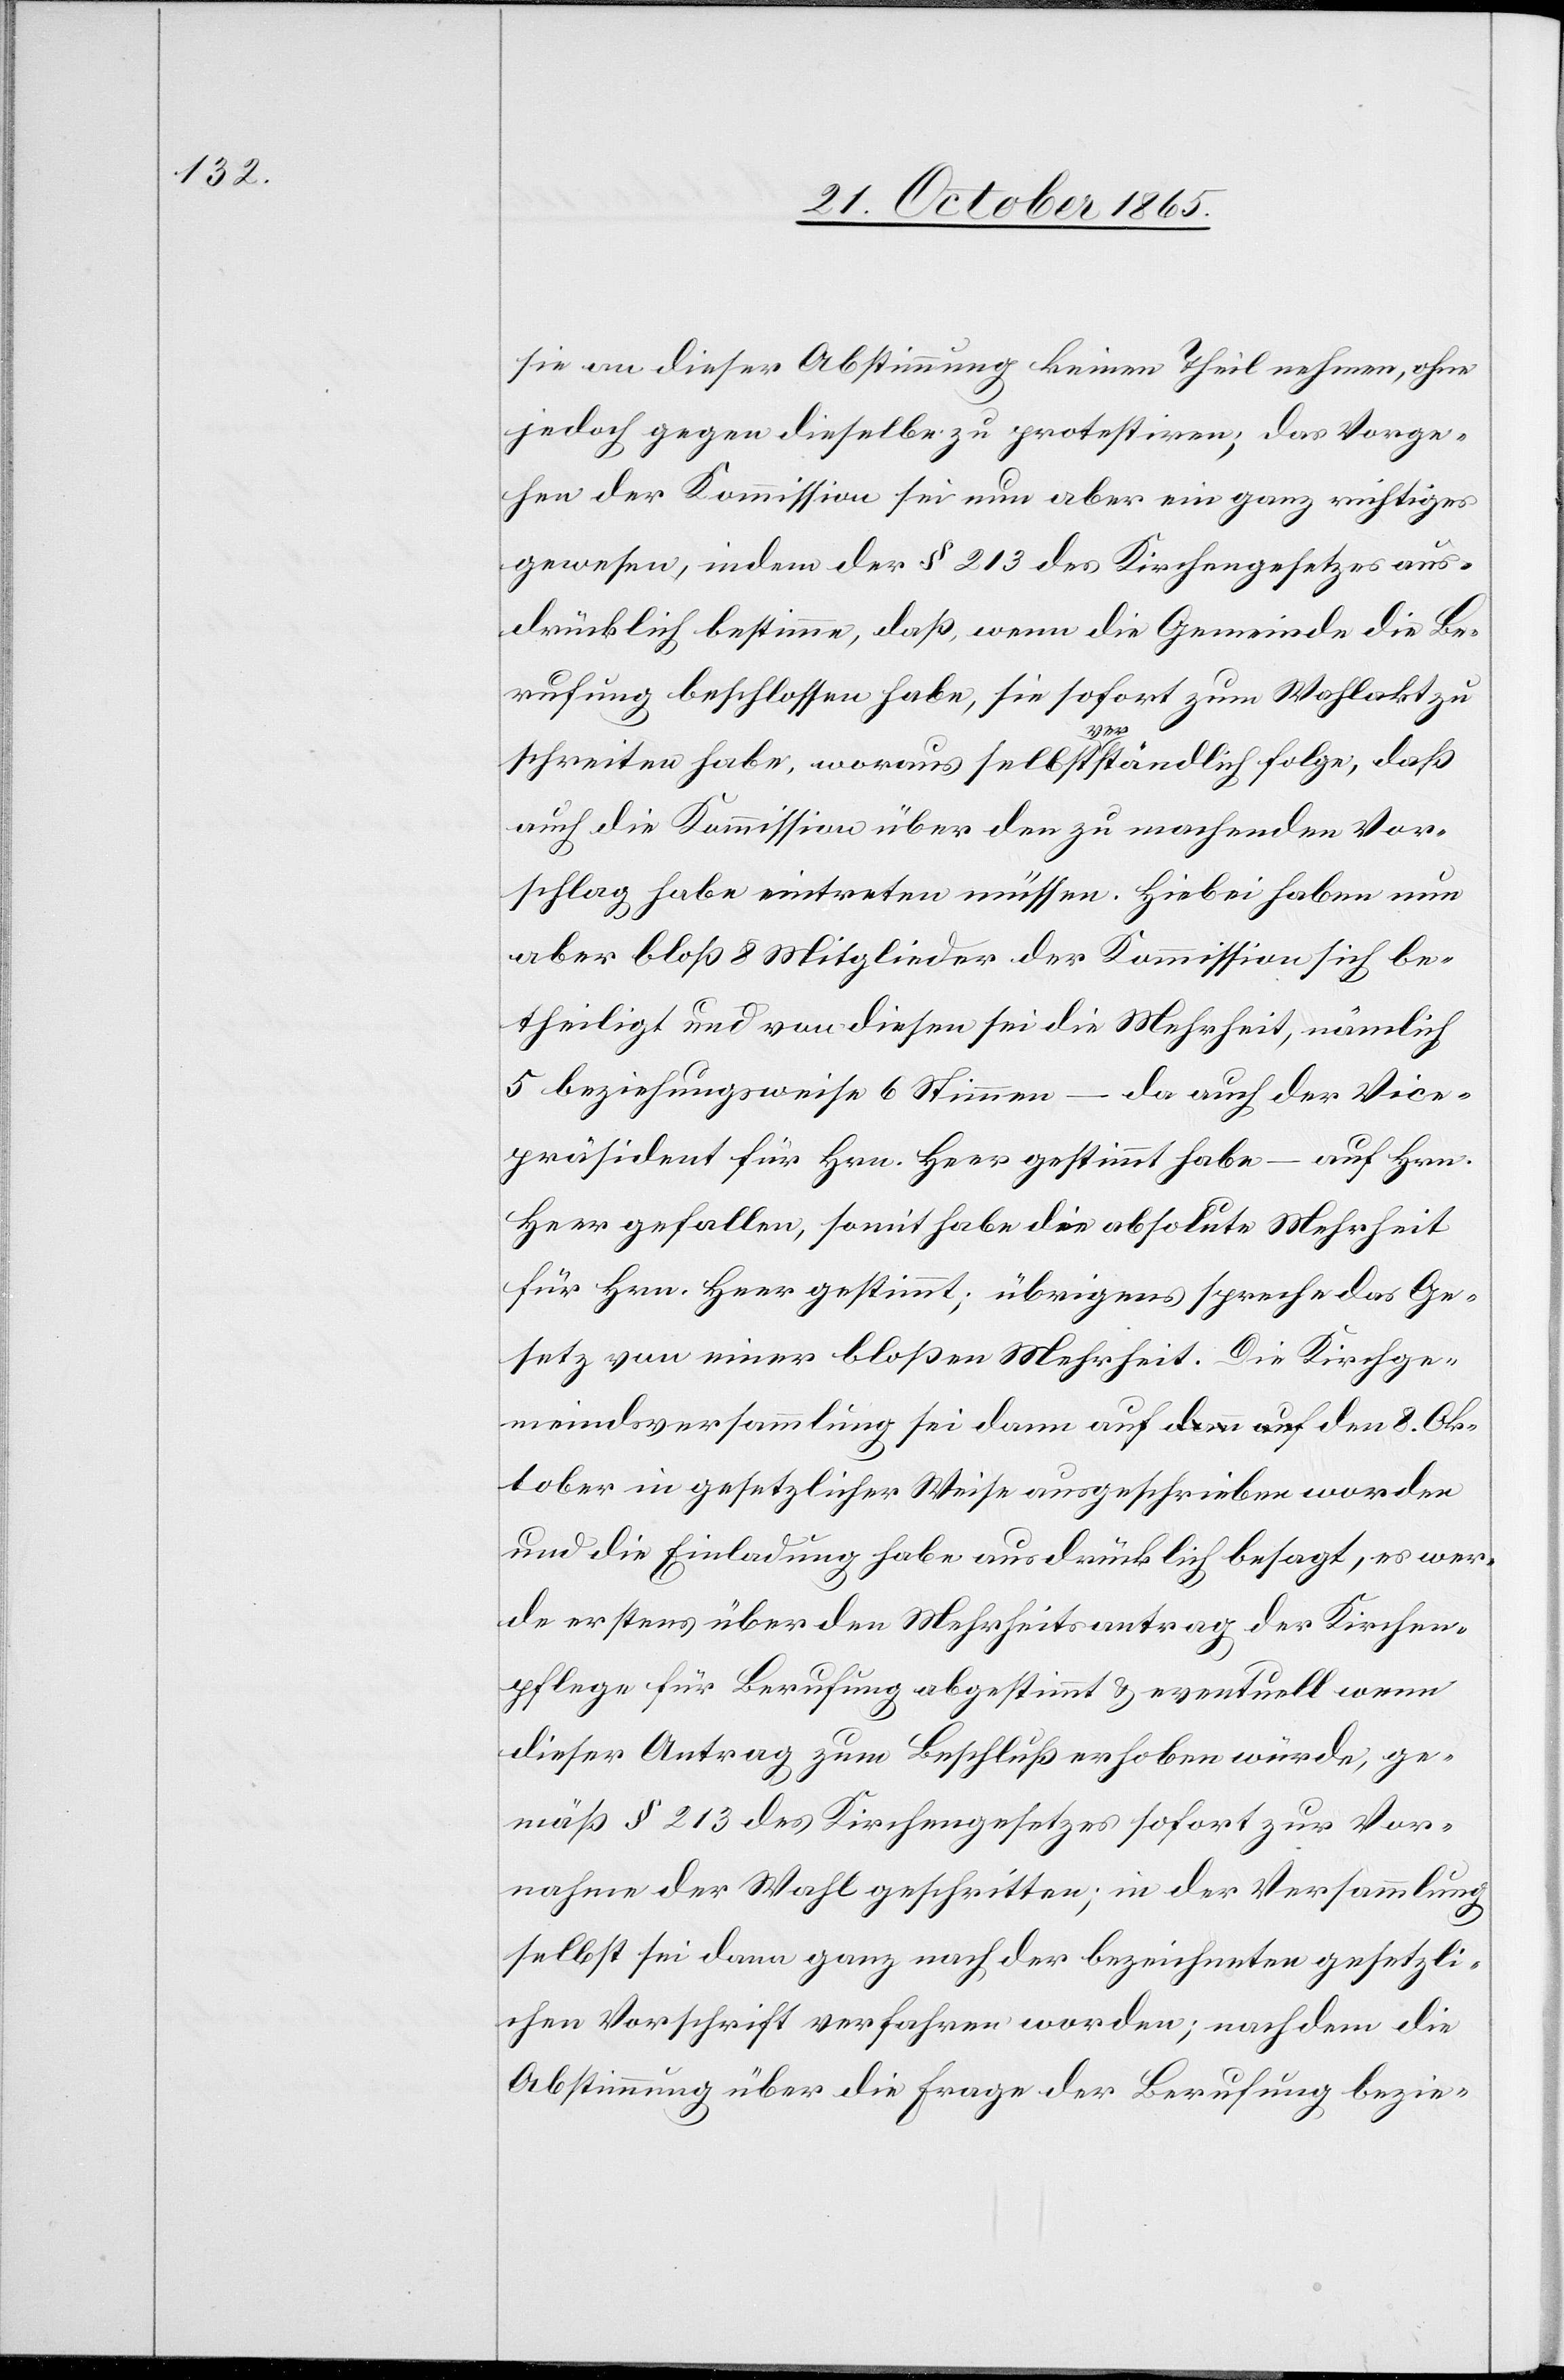
sie an dieser Abstimmung keinen Theil nehmen, ohne
jedoch gegen dieselbe zu protestiren, das Vorge¬
hen der Kommission sei nun aber ein ganz richtiges
gewesen, indem der § 213 des Kirchengesetzes aus¬
drücklich bestimme, daß, wenn die Gemeinde die Be¬
rufung beschlossen habe, sie sofort zum Wahlakt zu
schreiten habe, woraus selbstverständlich folge, daß
auch die Kommission über den zu machenden Vor¬
schlag habe eintreten müssen. Hiebei haben nun
aber bloß 8 Mitglieder der Kommission sich be¬
theiligt und von diesen sei die Mehrheit, nämlich
5 beziehungsweise 6 Stimmen
da auch der Vice¬
präsident für Hrn. Heer gestimmt habe – auf Hrn.
Heer gefallen, somit habe die absolute Mehrheit
für Hrn. Heer gestimmt; übrigens spreche das Ge¬
setz von einer bloßen Mehrheit. Die Kirchge¬
meindsversammlung sei dann auf den 8. Ok¬
tober in gesetzlicher Weise ausgeschrieben worden
und die Einladung habe ausdrücklich besagt, es wer¬
de erstens über den Mehrheitsantrag der Kirchen¬
pflege für Berufung abgestimmt & eventuell wenn
dieser Antrag zum Beschluß erhoben würde, ge¬
mäß § 213 des Kirchengesetzes sofort zur Vor¬
nahme der Wahl geschritten; in der Versammlung
selbst sei dann ganz nach der bezeichneten gesetzli¬
chen Vorschrift verfahren worden; nachdem die
Abstimmung über die Frage der Berufung bezie-